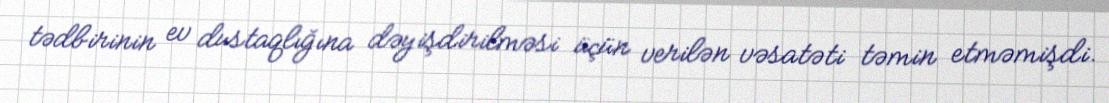
tədbirinin ev dustaqlığına dəyişdirilməsi üçün verilən vəsatəti təmin etməmişdi.